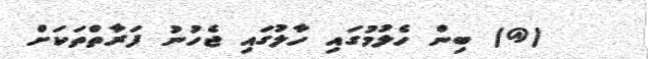
(@) ބިން ހެލުމުގައި ހާލުގައި ޖެހުނު ފަރާތްތަކަށް